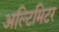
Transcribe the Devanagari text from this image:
अल्टिमिटर